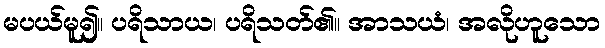
မပယ်မူ၍။ ပရိသာယ၊ ပရိသတ်၏။ အာသယံ၊ အလိုဟူသော